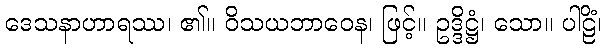
ဒေသနာဟာရဿ၊ ၏။ ဝိသယဘာဝေန၊ ဖြင့်။ ဥဒ္ဒိဋ္ဌံ၊ သော။ ပါဠိံ၊